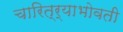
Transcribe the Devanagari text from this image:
चारित्र्याभोवती